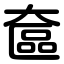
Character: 奩